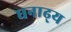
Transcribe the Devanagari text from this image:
धनाढ्‍य